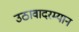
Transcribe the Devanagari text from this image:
उठावादरम्यान